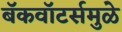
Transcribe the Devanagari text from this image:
बॅकवॉटर्समुळे